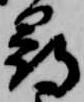
尋